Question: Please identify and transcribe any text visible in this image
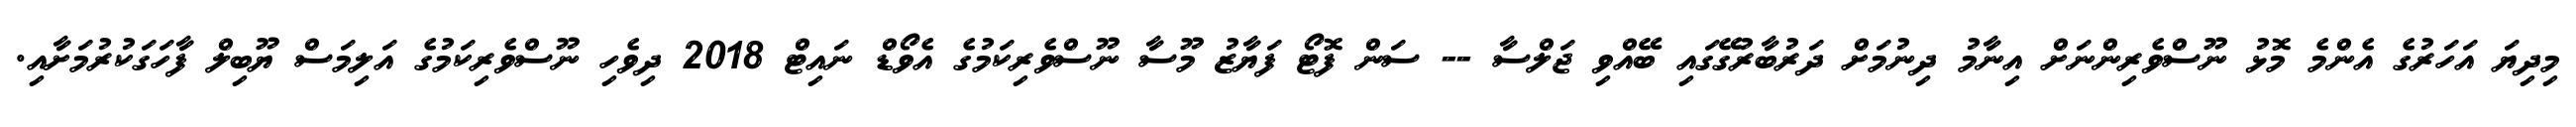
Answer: މިދިޔަ އަހަރުގެ އެންމެ މޮޅު ނޫސްވެރިންނަށް އިނާމު ދިނުމަށް ދަރުބާރުގޭގައި ބޭއްވި ޖަލްސާ -- ސަން ފޮޓޯ ފަޔާޒު މޫސާ ނޫސްވެރިކަމުގެ އެވޯޑް ނައިޓް 2018 ދިވެހި ނޫސްވެރިކަމުގެ އަލިމަސް ޔޫބިލް ފާހަގަކުރުމަށާއި.